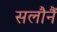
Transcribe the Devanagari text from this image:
सलौनैं